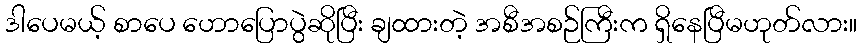
ဒါပေမယ့် စာပေ ဟောပြောပွဲဆိုပြီး ချထားတဲ့ အစီအစဉ်ကြီးက ရှိနေပြီမဟုတ်လား။